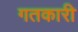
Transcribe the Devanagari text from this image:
गतकारी